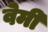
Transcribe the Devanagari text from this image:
वेमी